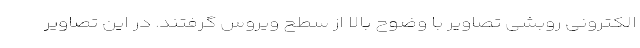
الکترونی روبشی تصاویر با وضوح بالا از سطح ویروس گرفتند. در این تصاویر